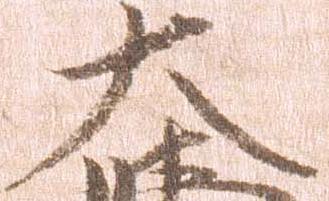
大